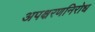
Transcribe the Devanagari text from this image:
अपक्षरणनिरोध